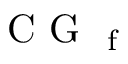
\mathrm { ~ C ~ G ~ } _ { \mathrm { ~ f ~ } }